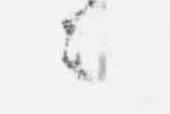
ニ